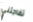
تفاجئني